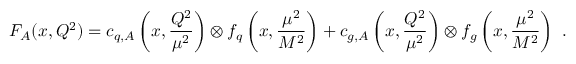
F _ { A } ( x , Q ^ { 2 } ) = c _ { q , A } \left( x , \frac { Q ^ { 2 } } { \mu ^ { 2 } } \right) \otimes f _ { q } \left( x , \frac { \mu ^ { 2 } } { M ^ { 2 } } \right) + c _ { g , A } \left( x , \frac { Q ^ { 2 } } { \mu ^ { 2 } } \right) \otimes f _ { g } \left( x , \frac { \mu ^ { 2 } } { M ^ { 2 } } \right) ~ .